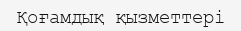
Қоғамдық қызметтері